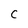
Character: C